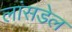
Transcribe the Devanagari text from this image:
लांसडेल